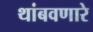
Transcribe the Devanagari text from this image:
थांबवणारे